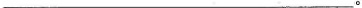
___。